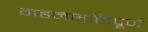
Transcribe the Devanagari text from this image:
गहनभक्तिपूर्ण